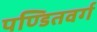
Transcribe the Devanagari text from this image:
पण्डितवर्ग